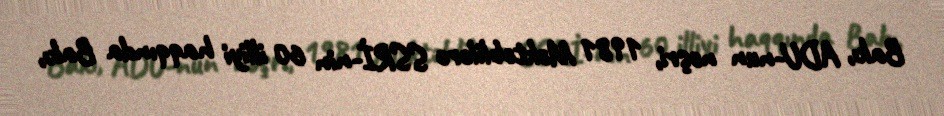
Bakı, ADU-nun nəşri, 1981 Məktəblilərə SSRİ-nin 60 illiyi haqqında Bakı,